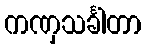
ကဏှသင်္ခါတာ